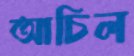
আচিল